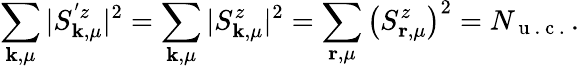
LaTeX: \sum_{\mathbf{k},\mu}|S_{\mathbf{k},\mu}^{'z}|^{2}=\sum_{\mathbf{k},\mu}|S_{\mathbf{k},\mu}^{z}|^{2}=\sum_{\mathbf{r},\mu}\left(S_{\mathbf{r},\mu}^{z}\right)^{2}=N_{\mathrm{~u~.~c~.~}}.